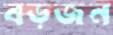
বড়জন